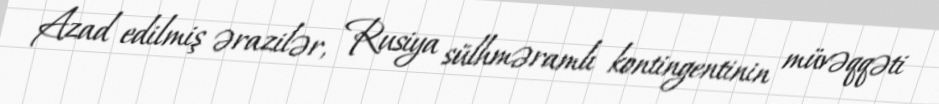
Azad edilmiş ərazilər, Rusiya sülhməramlı kontingentinin müvəqqəti